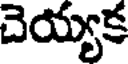
చెయ్యక